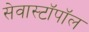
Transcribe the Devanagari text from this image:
सेवास्टॉपॉल